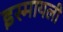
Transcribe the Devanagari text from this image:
इस्मायली